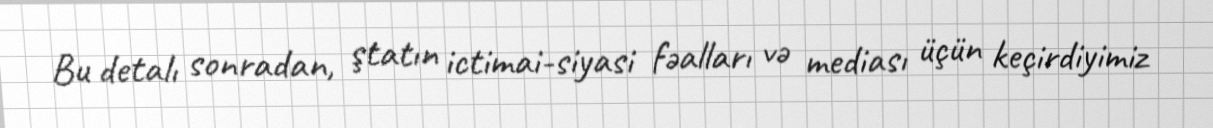
Bu detalı sonradan, ştatın ictimai-siyasi fəalları və mediası üçün keçirdiyimiz